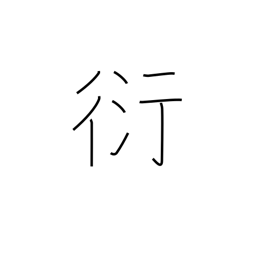
Meaning: overflowing